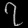
Digit: ၇